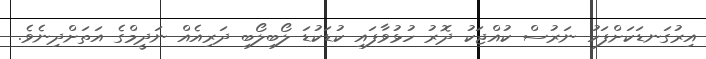
އިރުގަނޑަކަށްފަހު ނަރުސް ކުއްޖަކު ދޮރު ހުޅުވާފައި ކުޑަކުޑަ ލޯބިލޯބި ދަރިއެއް ނަދީމްގެ އަތަށްދިނެވެ.